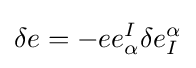
\delta e=-ee_{\alpha }^{I}\delta e_{I}^{\alpha }